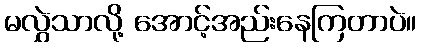
မလွှဲသာလို့ အောင့်အည်းနေကြတာပဲ။